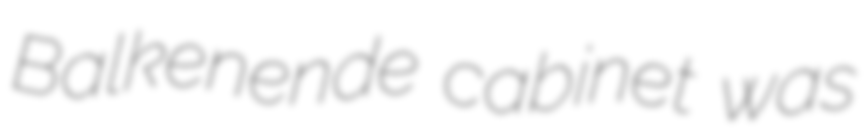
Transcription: Balkenende cabinet was